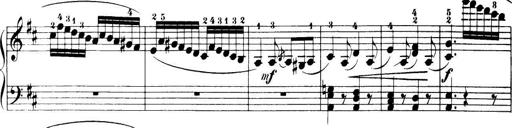
Title: 32 Sonatinas and Rondos for the Piano
Composer: Richard Kleinmichel